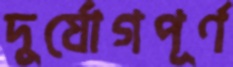
দুর্যোগপূর্ণ